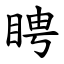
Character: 䀻